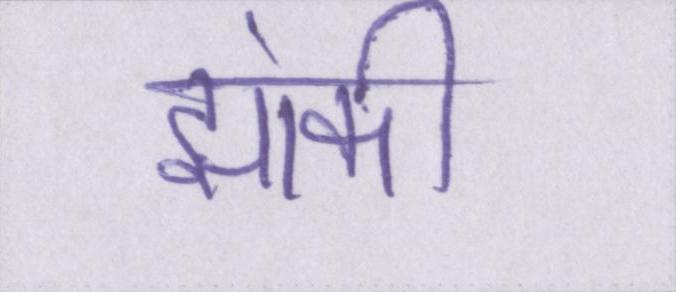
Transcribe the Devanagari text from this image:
झांकी